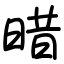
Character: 𣈏